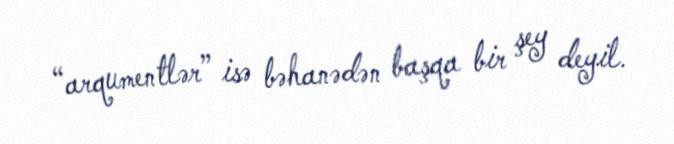
“arqumentlər” isə bəhanədən başqa bir şey deyil.